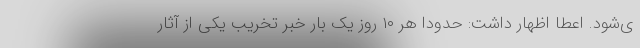
ی‌شود. اعطا اظهار داشت: حدوداً هر ۱۰ روز یک بار خبر تخریب یکی از آثار